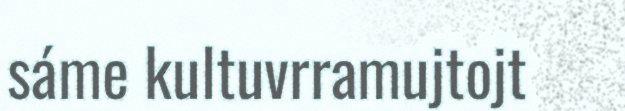
sáme kultuvrramujtojt